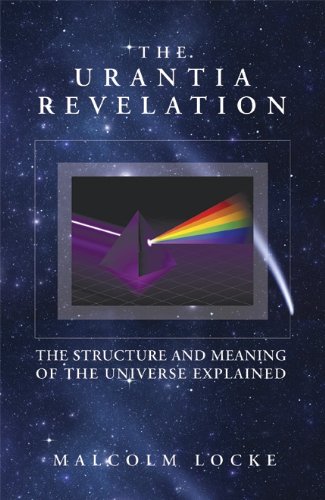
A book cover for The Urantia Revelation: The Structure and Meaning of the Universe Explained; Malcom Locke; Religion & Spirituality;